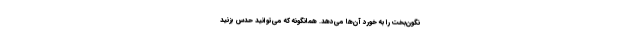
نگون‌بخت را به خورد آن‌ها می‌دهد. همانگونه که می‌توانید حدس بزنید